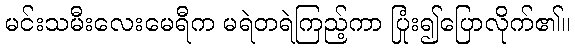
မင်းသမီးလေးမေရီက မရဲတရဲကြည့်ကာ ပြုံး၍ပြောလိုက်၏။